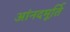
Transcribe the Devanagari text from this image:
आंनदमूर्ति